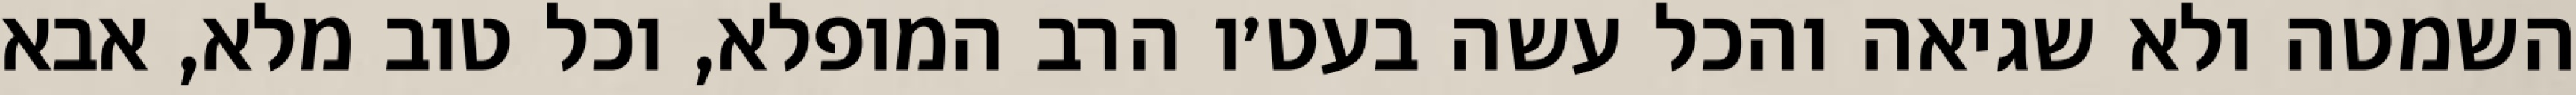
השמטה ולא שגיאה והכל עשה בעט׳ו הרב המופלא, וכל טוב מלא, אבא